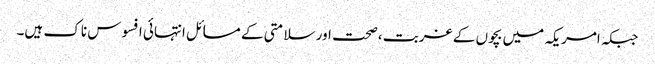
جبکہ امریکہ میں بچوں کے غربت ،صحت اور سلامتی کے مسائل انتہائی افسوس ناک ہیں۔